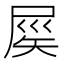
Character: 𡲑